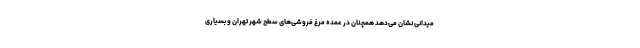
میدانی نشان می‌دهد همچنان در عمده مرغ فروشی‌های سطح شهر تهران و بسیاری